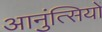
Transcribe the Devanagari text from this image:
आनुंत्सियों